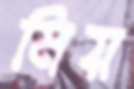
মিয়